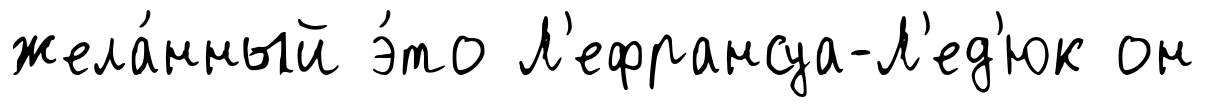
жела́нный э́то Л'ефрансуа-Л'ед'юк он